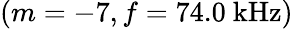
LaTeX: (m=-7,f=74.0\ \mathrm{kHz})